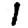
Digit: 1